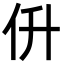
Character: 㐼